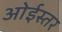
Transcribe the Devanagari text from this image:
ओईस्तर